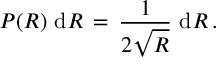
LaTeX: P ( R ) \, \, \mathrm { d } R \, = \, \frac { 1 } { 2 \sqrt { R } } \, \, \mathrm { d } R \, .